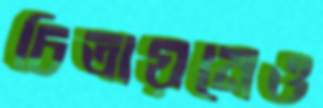
চিত্রায়নেও